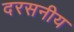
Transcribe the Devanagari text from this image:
दरसनीय